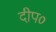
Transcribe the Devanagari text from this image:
दीप०